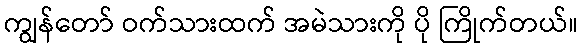
ကျွန်တော် ဝက်သားထက် အမဲသားကို ပို ကြိုက်တယ်။